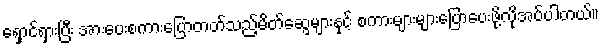
ရှောင်ရှားပြီး အားပေးစကားပြောတတ်သည့်မိတ်ဆွေများနှင့် စကားများများပြောပေးဖို့လိုအပ်ပါတယ်။